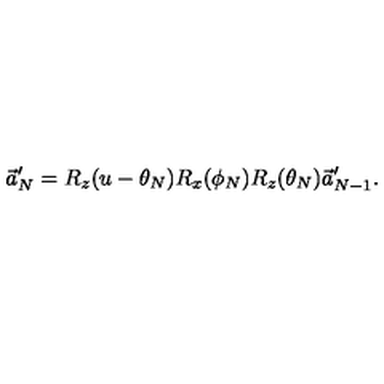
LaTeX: \vec { a } _ { N } ^ { \prime } = R _ { z } ( u - \theta _ { N } ) R _ { x } ( \phi _ { N } ) R _ { z } ( \theta _ { N } ) \vec { a } _ { N - 1 } ^ { \prime } .